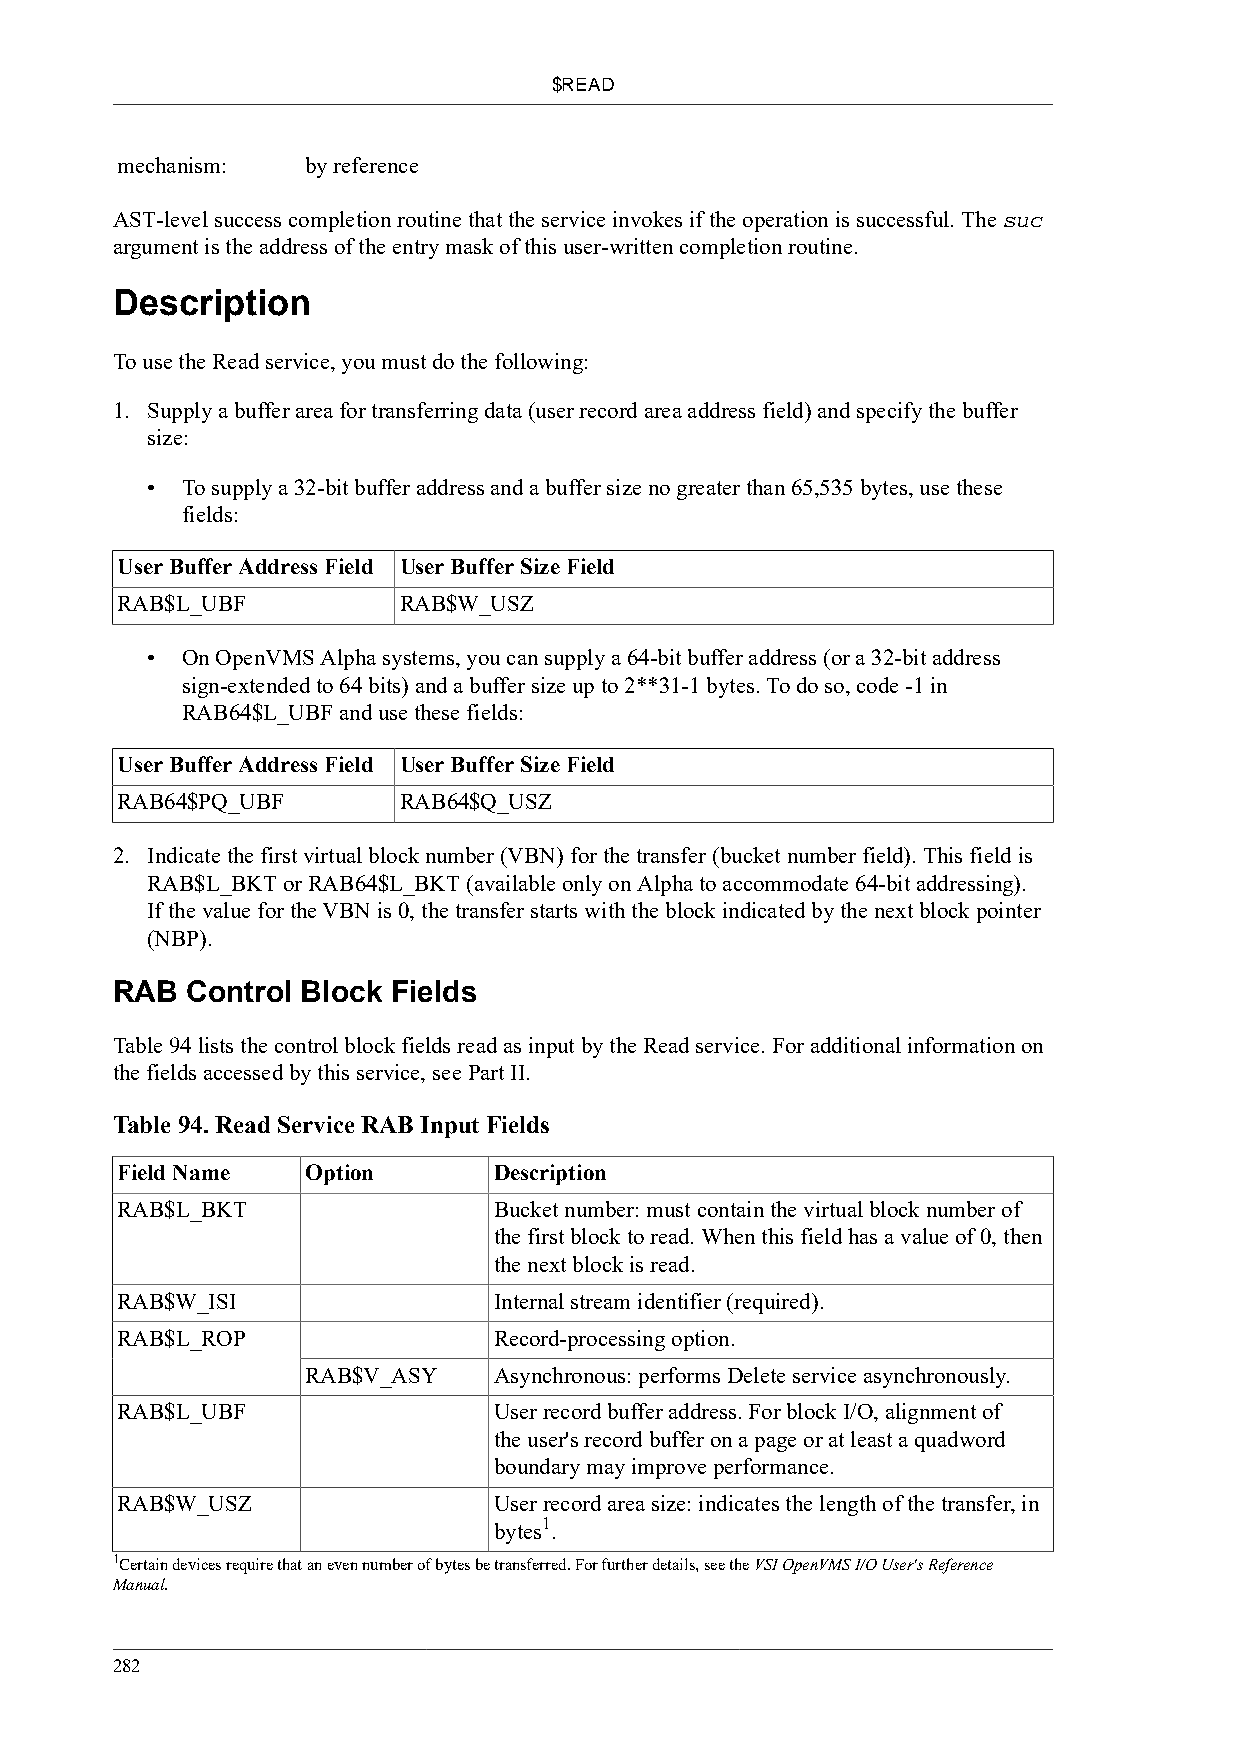
$READ
 mechanism:  by reference
 AST-level success completion routine that the service invokes if the operation is successful. The suc
 argument is the address of the entry mask of this user-written completion routine.
 Description
 To use the Read service, you must do the following:
 1. Supply a buffer area for transferring data (user record area address field) and specify the buffer
 size:
 • To supply a 32-bit buffer address and a buffer size no greater than 65,535 bytes, use these
 fields:
 User Buffer Address Field User Buffer Size Field
 RAB$L_UBF         RAB$W_USZ
 • On OpenVMS Alpha systems, you can supply a 64-bit buffer address (or a 32-bit address
 sign-extended to 64 bits) and a buffer size up to 2**31-1 bytes. To do so, code -1 in
 RAB64$L_UBF and use these fields:
 User Buffer Address Field User Buffer Size Field
 RAB64$PQ_UBF      RAB64$Q_USZ
 2. Indicate the first virtual block number (VBN) for the transfer (bucket number field). This field is
 RAB$L_BKT or RAB64$L_BKT (available only on Alpha to accommodate 64-bit addressing).
 If the value for the VBN is 0, the transfer starts with the block indicated by the next block pointer
 (NBP).
 RAB  Control Block Fields
 Table 94 lists the control block fields read as input by the Read service. For additional information on
 the fields accessed by this service, see Part II.
 Table 94. Read Service RAB Input Fields
 Field Name  Option       Description
 RAB$L_BKT                Bucket number: must contain the virtual block number of
 the first block to read. When this field has a value of 0, then
 the next block is read.
 RAB$W_ISI                Internal stream identifier (required).
 RAB$L_ROP                Record-processing option.
 RAB$V_ASY    Asynchronous: performs Delete service asynchronously.
 RAB$L_UBF                User record buffer address. For block I/O, alignment of
 the user's record buffer on a page or at least a quadword
 boundary may improve performance.
 RAB$W_USZ                User record area size: indicates the length of the transfer, in
 1
 bytes .
 1Certain devices require that an even number of bytes be transferred. For further details, see the VSI OpenVMS I/O User's Reference
 Manual.
 282